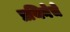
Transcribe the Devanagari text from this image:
प्रथिनेचे